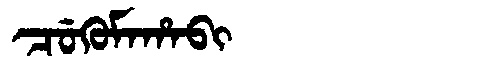
Manchu: ᠴᡠᡴᡠᠮᠠᡥᠠᠪᡳ
Romanization: CUKUMAHABI